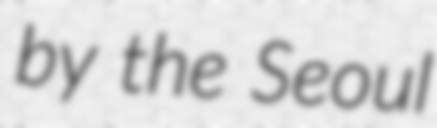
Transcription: by the Seoul